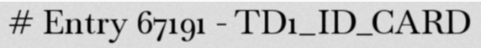
# Entry 67191 - TD1_ID_CARD